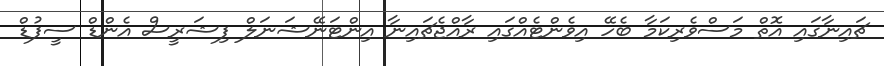
ޗައިނާގައި އޮތް މަސްވެރިކަމާ ބެހޭ އިވެންޓެއްގައި ރާއްޖެޗައިނާ އިންޓަނޭޝަނަލް ފިޝަރީސް އެންޑް ސީފުޑް